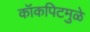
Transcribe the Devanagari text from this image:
कॉकपिटमुळे